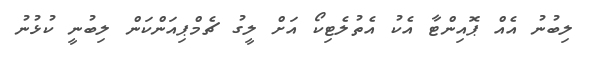
ލިބުނު އެއް ޕޮއިންޓާ އެކު އެތުލެޓިކޯ އަށް ލީގު ޗެމްޕިއަންކަން ލިބުނީ ކުޅުނު